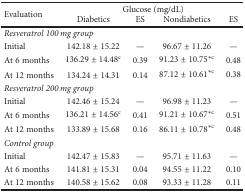
<table><thead><tr><td rowspan="2"><b>Evaluation</b></td><td colspan="4"><b>Glucose (mg/dL)</b></td></tr><tr><td><b>Diabetics</b></td><td><b>ES</b></td><td><b>Nondiabetics</b></td><td><b>ES</b></td></tr></thead><tbody><tr><td colspan="5"><i>Resveratrol 100 mg group</i></td></tr><tr><td>Initial</td><td>142.18 ± 15.22</td><td>—</td><td>96.67 ± 11.26</td><td>—</td></tr><tr><td>At 6 months</td><td>136.29 ± 14.48<sup>c</sup></td><td>0.39</td><td>91.23 ± 10.75<sup>∗c</sup></td><td>0.48</td></tr><tr><td>At 12 months</td><td>134.24 ± 14.31</td><td>0.14</td><td>87.12 ± 10.61<sup>∗c</sup></td><td>0.38</td></tr><tr><td colspan="5"><i>Resveratrol 200 mg group</i></td></tr><tr><td>Initial</td><td>142.46 ± 15.24</td><td>—</td><td>96.98 ± 11.23</td><td>—</td></tr><tr><td>At 6 months</td><td>136.21 ± 14.56<sup>c</sup></td><td>0.41</td><td>91.21 ± 10.67<sup>∗c</sup></td><td>0.51</td></tr><tr><td>At 12 months</td><td>133.89 ± 15.68</td><td>0.16</td><td>86.11 ± 10.78<sup>∗c</sup></td><td>0.48</td></tr><tr><td colspan="5"><i>Control group</i></td></tr><tr><td>Initial</td><td>142.47 ± 15.83</td><td>—</td><td>95.71 ± 11.63</td><td>—</td></tr><tr><td>At 6 months</td><td>141.81 ± 15.31</td><td>0.04</td><td>94.55 ± 11.22</td><td>0.10</td></tr><tr><td>At 12 months</td><td>140.58 ± 15.62</td><td>0.08</td><td>93.33 ± 11.28</td><td>0.11</td></tr></tbody></table>